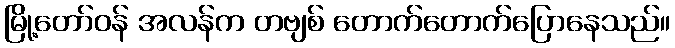
မြို့တော်ဝန် အလန်က တဗျစ် တောက်တောက်ပြောနေသည်။